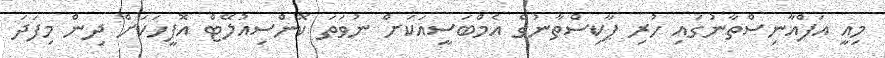
މިއީ އަފްޣާނިސްތާނުގައި ހުރި ޕާކިސްތާނުގެ އެމްބަސީއަކަށް ނުވަތަ ކޮންސިއުލޭޓް އޮފީހަކަށް ދިން މިފަދަ